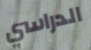
الدراسي